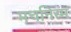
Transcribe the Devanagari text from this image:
मचनिस्म